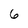
Character: 6